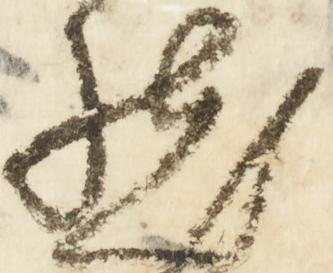
然